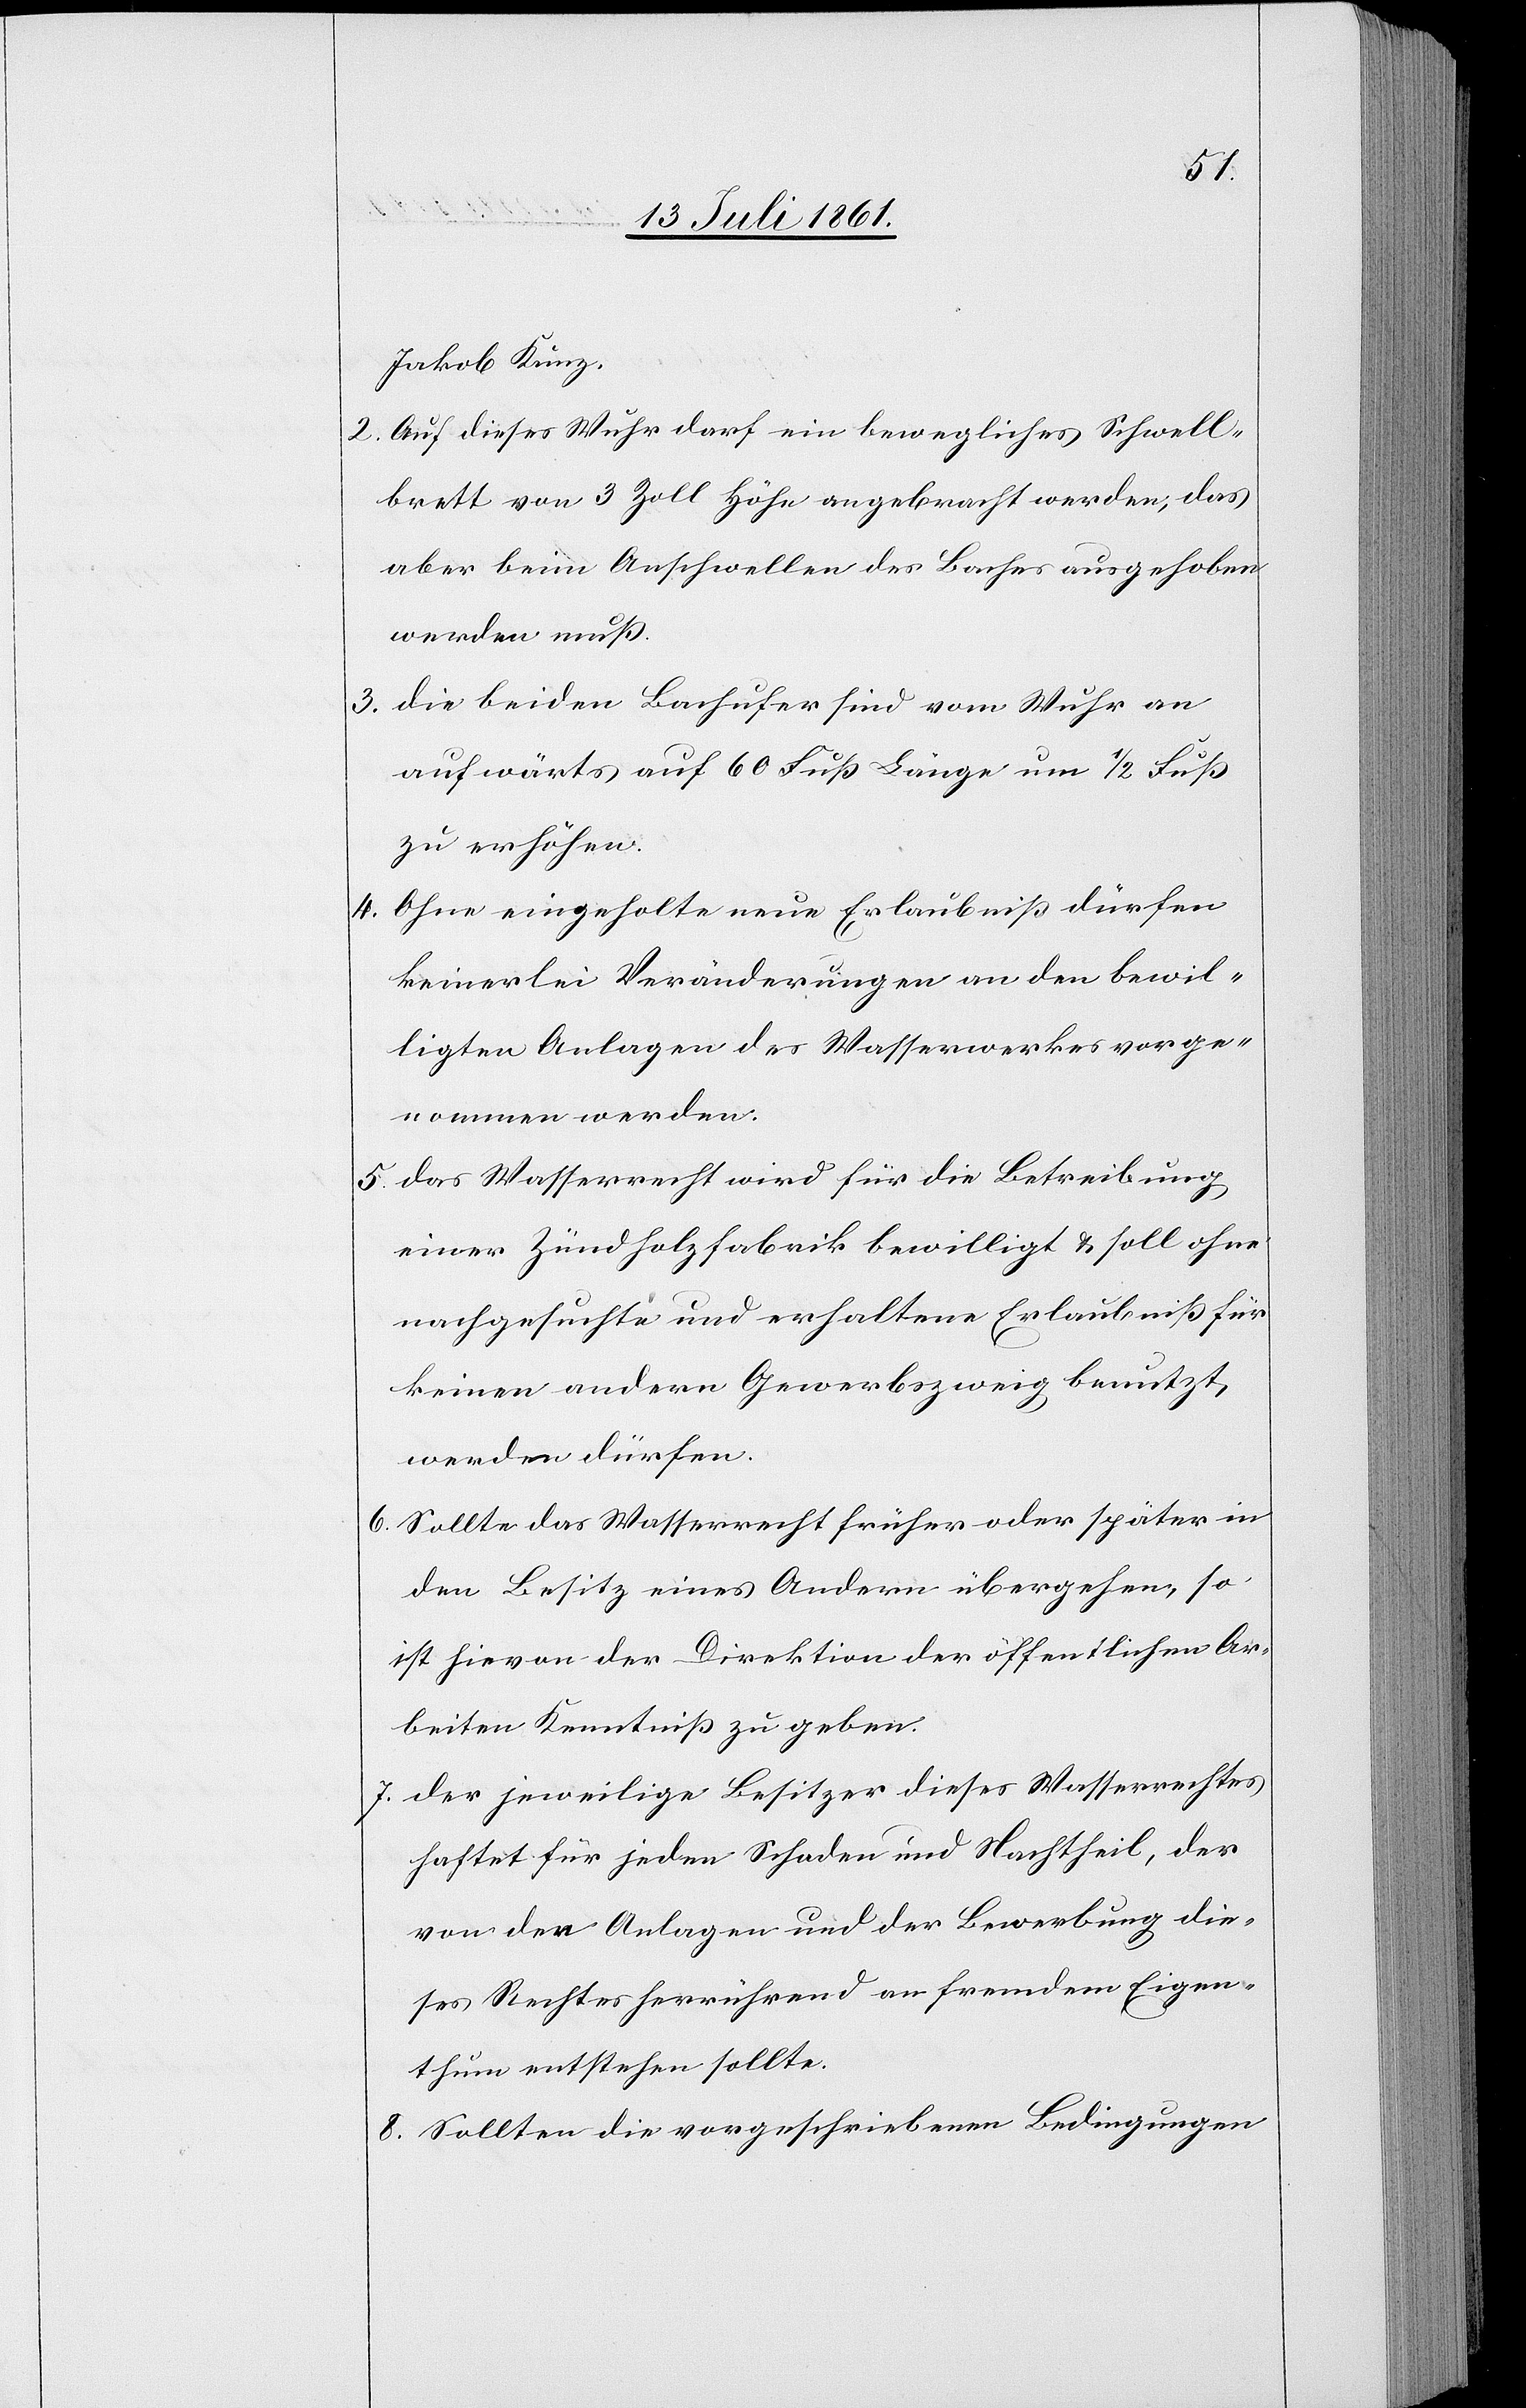
Jakob Kunz.
2. Auf dieses Wuhr darf ein bewegliches Schwell¬
brett von 3 Zoll Höhe angebracht werden, das
aber beim Anschwellen des Baches ausgehoben
werden muß.
3. Die beiden Bachufer sind vom Wuhr an
aufwärts auf 60 Fuß Länge um 1/2 Fuß
zu erhöhen.
4. Ohne eingeholte neue Erlaubniß dürfen
keinerlei Veränderungen an den bewil¬
ligten Anlagen des Wasserwerkes vorge¬
nommen werden.
5. Das Wasserrecht wird für die Betreibung
einer Zündholzfabrik bewilligt u. soll ohne
nachgesuchte und erhaltene Erlaubniß für
keinen andern Gewerbszweig benutzt,
werden dürfen.
6. Sollte das Wasserrecht früher oder später in
den Besitz eines Andern übergehen, so
ist hievon der Direktion der öffentlichen Ar¬
beiten Kenntniß zu geben.
7. Der jeweilige Besitzer dieses Wasserrechtes
haftet für jeden Schaden und Nachtheil, der
von den Anlagen und der Bewerbung die¬
ses Rechtes herrührend an fremdem Eigen¬
thum entstehen sollte.
8. Sollten die vorgeschriebenen Bedingungen